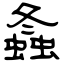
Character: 螽